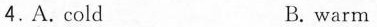
4.A. Cold B. warm